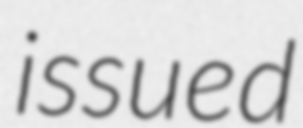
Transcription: issued